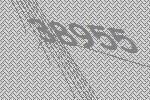
38955